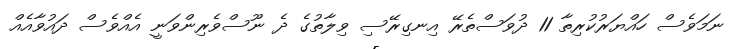
ނަމަވެސް ހައްޔަރުކުރިތާ 11 ދުވަސްތެރޭ އިނގިރޭސި ވިލާތުގެ ދެ ނޫސްވެރިންވަނީ އެއްވެސް ދައުވާއެއް